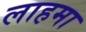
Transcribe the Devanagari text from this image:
लाहमा